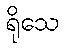
ရိုသေ